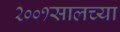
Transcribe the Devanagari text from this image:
२००१सालच्या